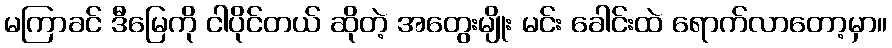
မကြာခင် ဒီမြေကို ငါပိုင်တယ် ဆိုတဲ့ အတွေးမျိုး မင်း ခေါင်းထဲ ရောက်လာတော့မှာ။